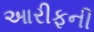
આરીફની